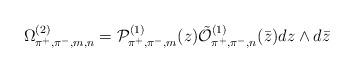
LaTeX: \begin{align*}\Omega^{(2)}_{\pi^+,\pi^-,m,n} = {\cal P}^{(1)}_{\pi^+,\pi^-,m}(z)\tilde{\cal O}^{(1)}_{\pi^+,\pi^-,n}(\bar z) dz \wedge d\bar{z}\end{align*}